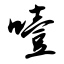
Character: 噎